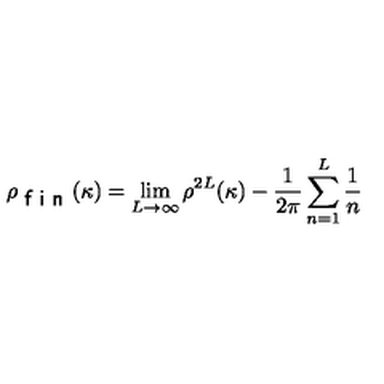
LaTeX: \rho _ { \textsf { f i n } } ( \kappa ) = \lim _ { L \to \infty } \rho ^ { 2 L } ( \kappa ) - \frac { 1 } { 2 \pi } \sum _ { n = 1 } ^ { L } \frac { 1 } { n }